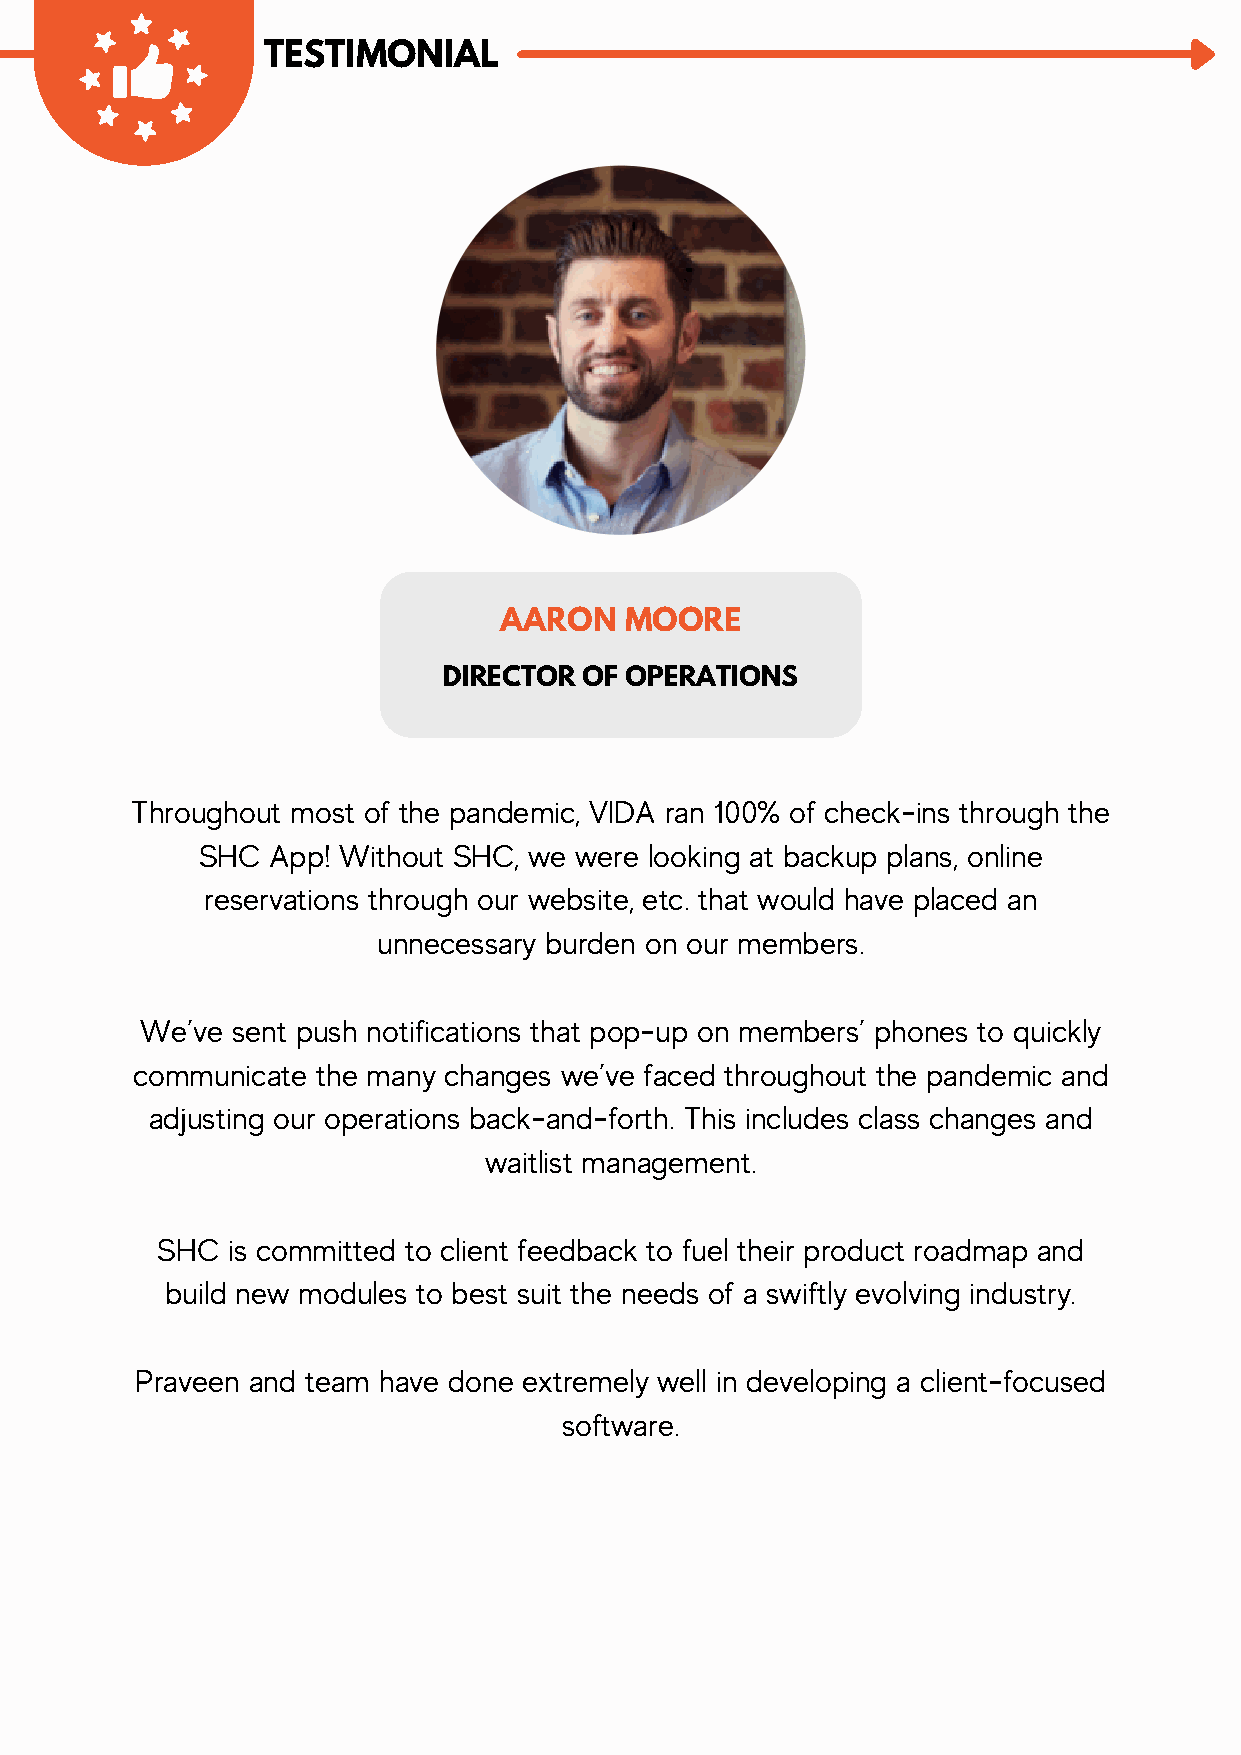
TESTIMONIAL
 AARON   MOORE
 DIRECTOR  OF OPERATIONS
 Throughout most of the pandemic, VIDA ran 100% of check-ins through the
 SHC  App! Without SHC, we were looking at backup plans, online
 reservations through our website, etc. that would have placed an
 unnecessary burden on our members.
 We’ve sent push notifications that pop-up on members’ phones to quickly
 communicate the many changes we’ve faced throughout the pandemic and
 adjusting our operations back-and-forth. This includes class changes and
 waitlist management.
 SHC  is committed to client feedback to fuel their product roadmap and
 build new modules to best suit the needs of a swiftly evolving industry.
 Praveen and team have done extremely well in developing a client-focused
 software.